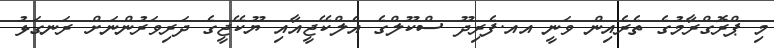
މި ޕްރޮގްރާމުގެ ތެރެއިން ވަނީ އއ.ފެރިދޫ ސްކޫލްގެ އެލްކޭޖީއާއި ޔޫކޭޖީގެ ދަރިވަރުންނަށް ރަނގަޅު